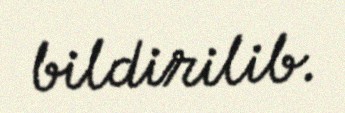
bildirilib.